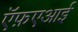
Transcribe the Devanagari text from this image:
ऍफ़एआई